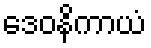
ဒေဝနိကာယံ